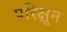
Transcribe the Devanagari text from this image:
परिक्षून